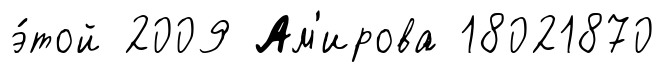
э́той 2009 Ам'ирова 18021870